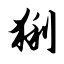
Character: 猁